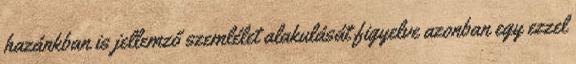
hazánkban is jellemző szemlélet alakulását figyelve azonban egy ezzel